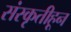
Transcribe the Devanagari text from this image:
संस्‍कृतीहून